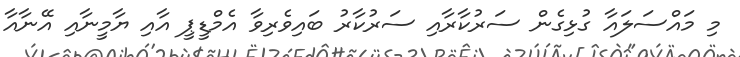
މި މައްސަލައާ ގުޅިގެން ސަރުކާރާއި ސަރުކާރު ބައިވެރިވާ އެމްޑީޕީ އާއި ޔާމީނާއި އޭނާއާ